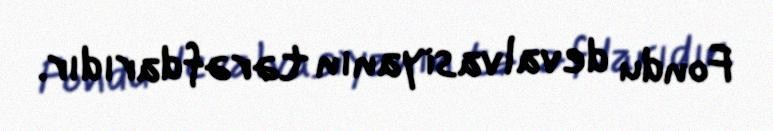
Fondu devalvasiyanın tərəfdarıdır.